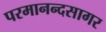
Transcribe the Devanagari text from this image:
परमानन्दसागर